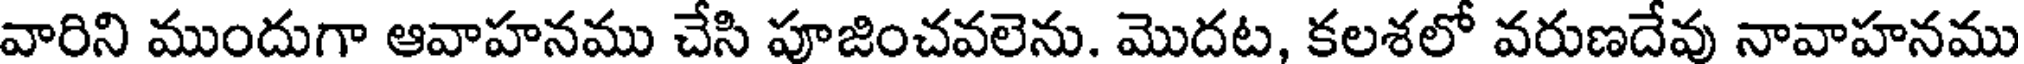
వారిని ముందుగా ఆవాహనము చేసి పూజించవలెను. మొదట, కలశలో వరుణదేవు నావాహనము